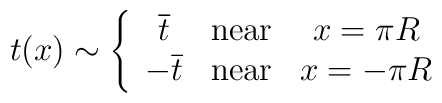
t(x)\sim\left\{	\begin{array}{ccc}	\overline{t} & \mathrm{near} & x=\pi R \\	-\overline{t} & \mathrm{near} & x=-\pi R	\end{array}\right.